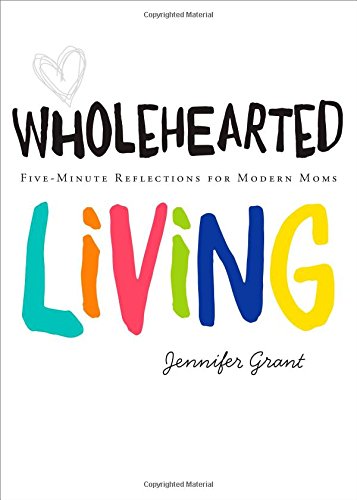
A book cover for Wholehearted Living: Five-Minute Reflections for Modern Moms; Jennifer Grant; Religion & Spirituality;